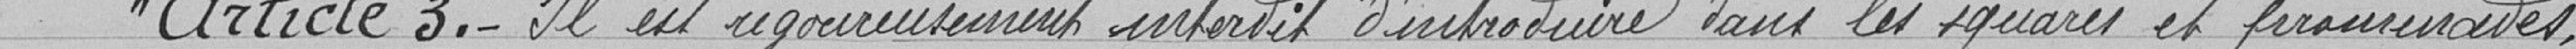
"Article 3.- Il est rigoureusement interdit d'introduire dans les squares et promenades